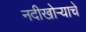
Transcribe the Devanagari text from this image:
नदीखोऱ्याचे